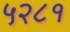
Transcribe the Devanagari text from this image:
५२८१